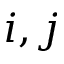
i , j